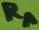
Text: RA